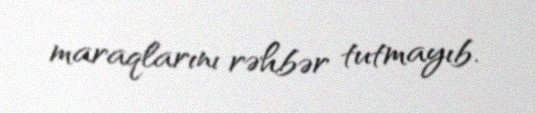
maraqlarını rəhbər tutmayıb.